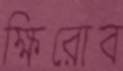
ক্ষিরোব